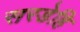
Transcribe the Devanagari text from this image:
सरडेहि